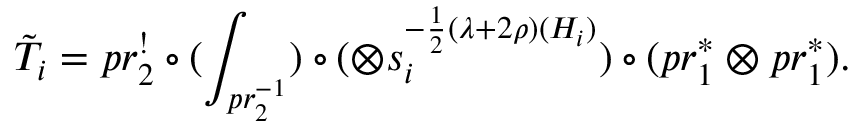
\tilde { T } _ { i } = p r _ { 2 } ^ { ! } \circ ( \int _ { p r _ { 2 } ^ { - 1 } } ) \circ ( \otimes s _ { i } ^ { - \frac { 1 } { 2 } ( \lambda + 2 \rho ) ( H _ { i } ) } ) \circ ( p r _ { 1 } ^ { \ast } \otimes p r _ { 1 } ^ { \ast } ) .